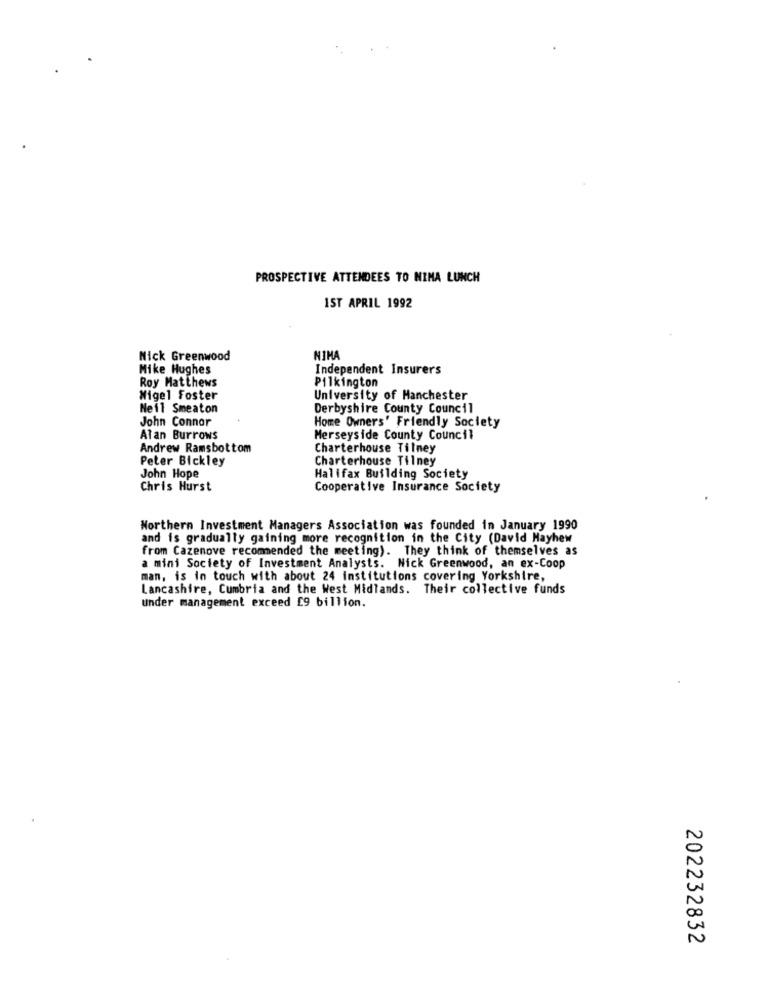
PROSPECTIVE ATTENDEES TO MINA LUNCH
1ST APRIL 1992
Nick Greenwood
NIMA
Mike Hughes
Independent Insurers
Roy Matthews
Pilkington
Nigel Foster
University of Manchester
Neil Smeaton
Derbyshire County Council
John Connor
Home Owners' Friendly Society
Alan Burrows
Merseyside County Council
Andrew Ramsbottom
Charterhouse Tilney
Peter Bickley
Charterhouse Tilney
John Hope
Halifax Building Society
Chris Hurst
Cooperative Insurance Society
Northern Investment Managers Association was founded in January 1990
and is gradually gaining more recognition in the City (David Mayhew
from Cazenove recommended the meeting). They think of themselves as
a mini Society of Investment Analysts. Nick Greenwood, an ex-Coop
man, is in touch with about 24 institutions covering Yorkshire,
Lancashire, Cumbria and the West Midlands. Their collective funds
under management exceed £9 billion.
202232832